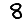
Digit: 8